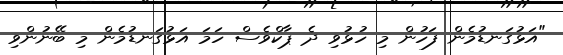
"އަޅުގަނޑުމެން ފަހުން މި ހުޅުވި ދެ ޕާކްވެސް ހަމަ އަޅުގަނޑުމެން މި ބޭނުންވި